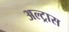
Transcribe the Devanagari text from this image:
अल्ट्रास